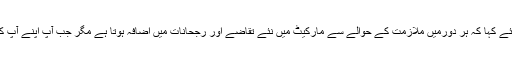
سیمینار سے خطاب کرتے ہوئے صوفیہ حسنین نے طلباء کو مخاطب کرتے ہوئے کہا کہ ہر دورمیں ملازمت کے حوالے سے مارکیٹ میں نئے تقاضے اور رجحانات میں اضافہ ہوتا ہے مگر جب آپ اپنے آپ کو وقت کے تقاضوں سے ہم آہنگ رکھتے ہیں تو آپ کی کامیابی یقینی ہوتی ہے۔